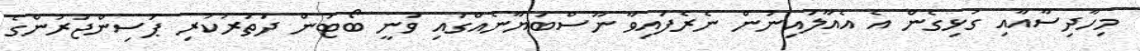
މިހާދިސާއާއި ގުޅިގެން އެ އެއާލައިނުން ނެރެފައިވާ ނޫސްބަޔާނެއްގައި ވަނީ ބޯޓުން ދަތުރުކުރި ޕަސިންޖަރުންގެ